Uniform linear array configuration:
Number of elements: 8
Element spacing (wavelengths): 1
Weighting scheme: blackman
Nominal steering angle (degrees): -15
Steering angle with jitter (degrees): -16.905
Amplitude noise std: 0.05
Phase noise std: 0.05

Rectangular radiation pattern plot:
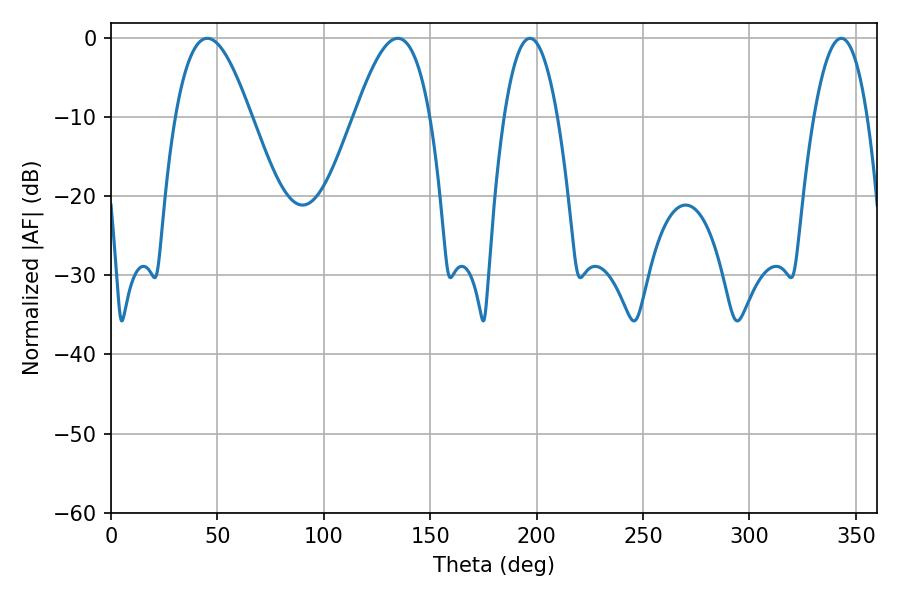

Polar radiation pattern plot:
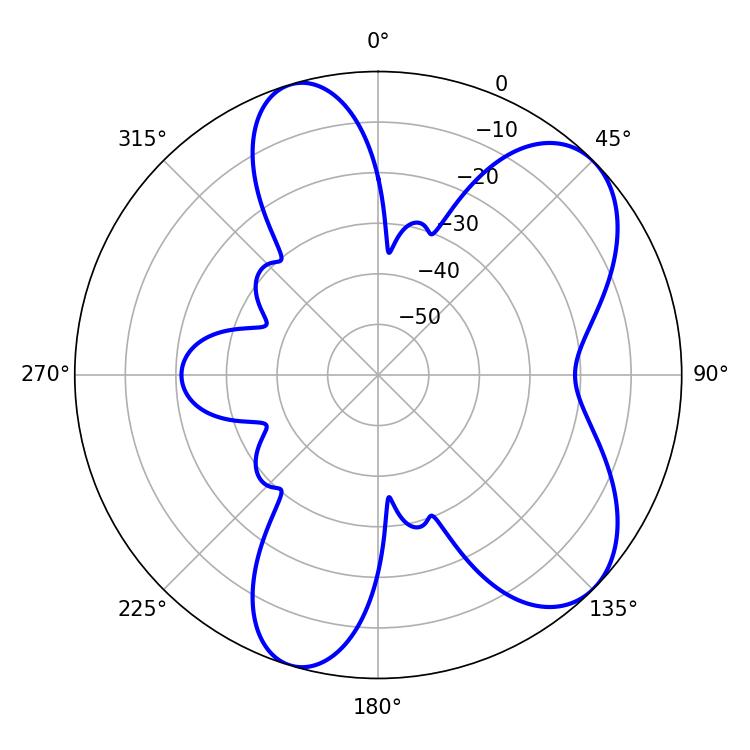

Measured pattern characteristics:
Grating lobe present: TRUE
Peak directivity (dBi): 7.201
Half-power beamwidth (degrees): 19.26
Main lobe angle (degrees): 45.18